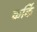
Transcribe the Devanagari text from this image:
कर्कि